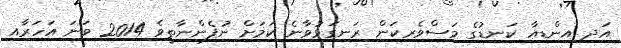
އަދި އިންޑިއާ ކަނޑުގެ މަސްވެރިކަން ރަނގަޅުވާނެ ކަމަށް ނުފެންނާތީވެ 2014 ވަނަ އަހަރާއި